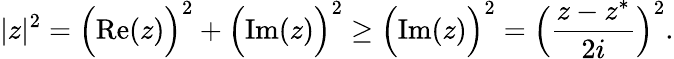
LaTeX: |z|^{2}={\Big(}{\mathrm{Re}}(z){\Big)}^{2}+{\Big(}{\mathrm{Im}}(z){\Big)}^{2}\geq{\Big(}{\mathrm{Im}}(z){\Big)}^{2}={\Big(}{\frac{z-z^{\ast}}{2i}}{\Big)}^{2}.